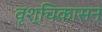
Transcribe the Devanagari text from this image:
वृश्चिकासन